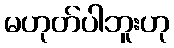
မဟုတ်ပါဘူးဟု